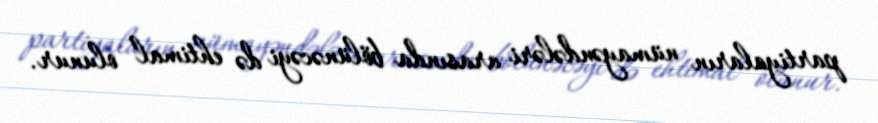
partiyaların nümayəndələri arasında bölünəcəyi də ehtimal olunur.